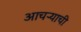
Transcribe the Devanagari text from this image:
आचऱ्याची